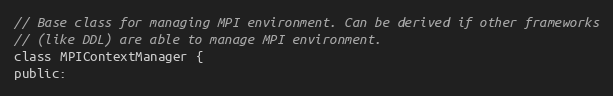
Language: C
// Base class for managing MPI environment. Can be derived if other frameworks
// (like DDL) are able to manage MPI environment.
class MPIContextManager {
public: